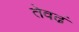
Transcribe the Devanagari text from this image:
तेवढं